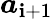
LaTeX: \boldsymbol{a}_{\mathbf{i}+1}